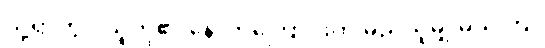
သို့ရာတွင် သူတို့၏ နောက်ကြောင်းကို မည်သူမျှ မသိကြ။